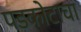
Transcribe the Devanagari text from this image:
पडकोटाचा